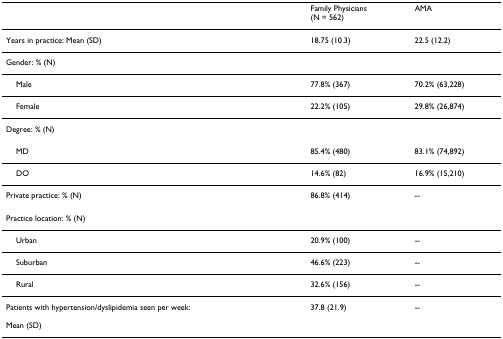
<table><thead><tr><td></td><td><b>Family Physicians (N = 562)</b></td><td><b>AMA</b></td></tr></thead><tbody><tr><td>Years in practice: Mean (SD)</td><td>18.75 (10.3)</td><td>22.5 (12.2)</td></tr><tr><td>Gender: % (N)</td><td></td><td></td></tr><tr><td> Male</td><td>77.8% (367)</td><td>70.2% (63,228)</td></tr><tr><td> Female</td><td>22.2% (105)</td><td>29.8% (26,874)</td></tr><tr><td>Degree: % (N)</td><td></td><td></td></tr><tr><td> MD</td><td>85.4% (480)</td><td>83.1% (74,892)</td></tr><tr><td> DO</td><td>14.6% (82)</td><td>16.9% (15,210)</td></tr><tr><td>Private practice: % (N)</td><td>86.8% (414)</td><td>--</td></tr><tr><td>Practice location: % (N)</td><td></td><td></td></tr><tr><td> Urban</td><td>20.9% (100)</td><td>--</td></tr><tr><td> Suburban</td><td>46.6% (223)</td><td>--</td></tr><tr><td> Rural</td><td>32.6% (156)</td><td>--</td></tr><tr><td>Patients with hypertension/dyslipidemia seen per week: Mean (SD)</td><td>37.8 (21.9)</td><td>--</td></tr></tbody></table>